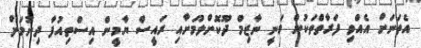
އެތަނަށް އެއްވި ފަރާތްތަކުން ވަނީ ނާޒިމް ދޫކޮށްލުމަށާއި ރައީސް ޔާމީން އިސްތިއުފާ ދިނުމަށް